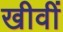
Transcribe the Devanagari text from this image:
खीवीं